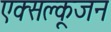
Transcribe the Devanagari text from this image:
एक्सक्लूजन